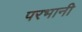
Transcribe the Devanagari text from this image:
परभानी